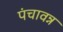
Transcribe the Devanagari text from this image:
पंचावन्न